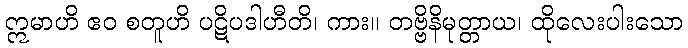
ဣမာဟိ ဧဝ စတူဟိ ပဋိပဒါဟီတိ၊ ကား။ တဗ္ဗိနိမုတ္တာယ၊ ထိုလေးပါးသော